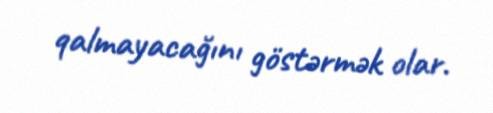
qalmayacağını göstərmək olar.